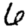
Digit: 6